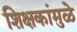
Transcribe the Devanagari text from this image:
शिक्षकांमुळे